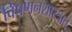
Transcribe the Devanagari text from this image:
विपणनशास्त्रात